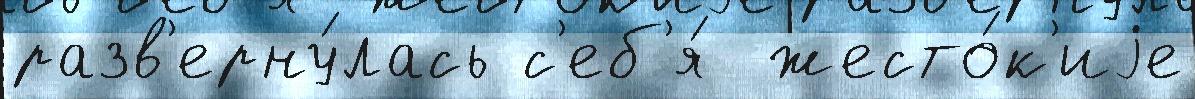
разв'ерну́лась с'еб'я́  жесто́к'иjе